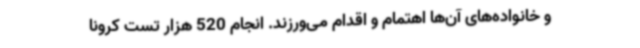
و خانواده‌های آن‌ها اهتمام و اقدام می‌ورزند. انجام 520 هزار تست کرونا